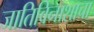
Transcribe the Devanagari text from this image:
जातिविनाशाचा